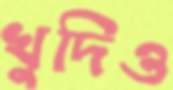
খুদিও